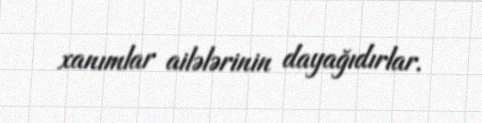
xanımlar ailələrinin dayağıdırlar.